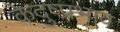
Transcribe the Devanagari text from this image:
केदुष्प्रभाव